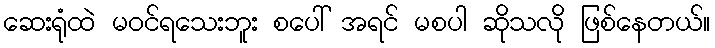
ဆေးရုံထဲ မဝင်ရသေးဘူး စပေါ် အရင် မစပါ ဆိုသလို ဖြစ်နေတယ်။